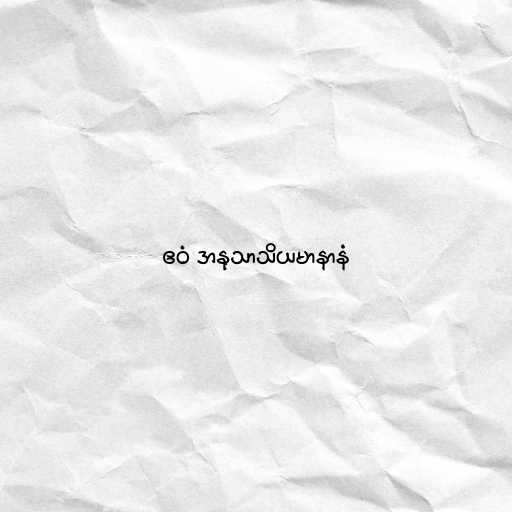
ဧဝံ အနုသာသိယမာနာနံ